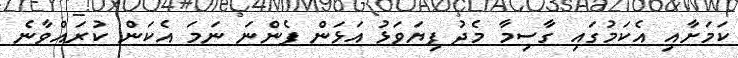
ކަމަށާއި އެކަމުގައި ގާސިމާ މެދު ފިޔަވަޅު އަޅަން ފެންނަ ނަމަ އެކަން ކުރައްވާނެ